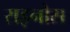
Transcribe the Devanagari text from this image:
राइनोस